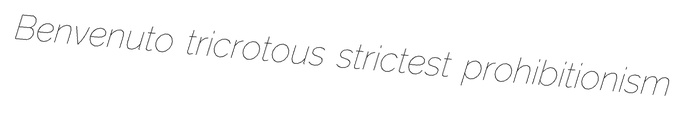
Benvenuto tricrotous strictest prohibitionism